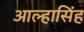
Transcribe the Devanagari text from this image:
आल्हासिंह